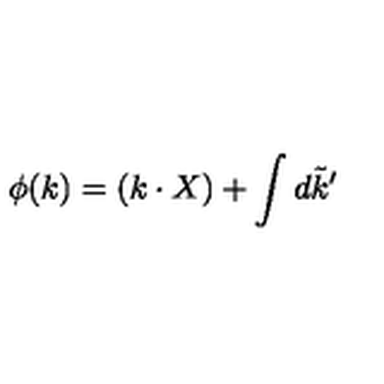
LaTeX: \phi ( k ) = ( k \cdot X ) + \int d \tilde { k } ^ { \prime }